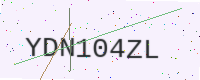
Text: YDN104ZL